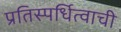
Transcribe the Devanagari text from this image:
प्रतिस्पर्धित्वाची